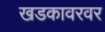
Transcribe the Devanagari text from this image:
खडकावरवर